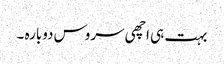
بہت ہی اچھی سروس دوبارہ ۔